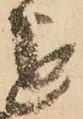
を